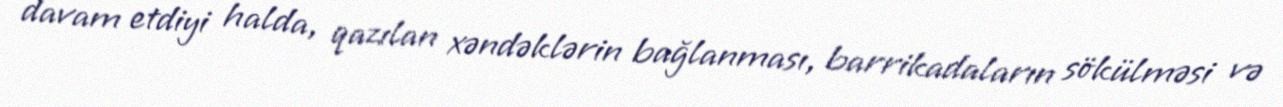
davam etdiyi halda, qazılan xəndəklərin bağlanması, barrikadaların sökülməsi və